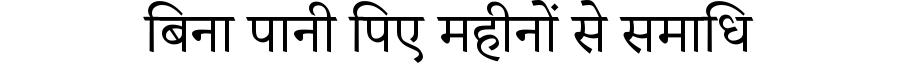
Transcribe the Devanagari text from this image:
बिना पानी पिए महीनों से समाधि